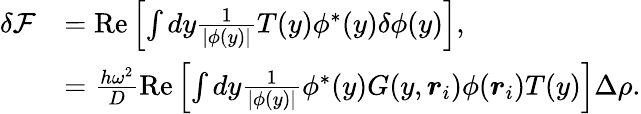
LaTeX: \begin{array}{rl}{\delta\mathcal{F}}&{=\mathrm{Re}\left[\int dy\frac{1}{|\phi(y)|}T(y)\phi^{*}(y)\delta\phi(y)\right],}\\ &{=\frac{h\omega^{2}}{D}\mathrm{Re}\left[\int dy\frac{1}{|\phi(y)|}\phi^{*}(y)G(y,\boldsymbol{r}_{i})\phi(\boldsymbol{r}_{i})T(y)\right]\Delta\rho.}\end{array}